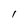
Character: I